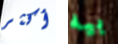
أكثر بيه